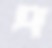
দ